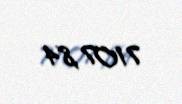
7107,84